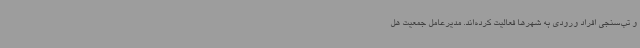
و تب‌سنجی افراد ورودی به شهرها فعالیت کرده‌اند. مدیرعامل جمعیت هل